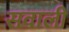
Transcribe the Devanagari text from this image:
सवाली